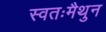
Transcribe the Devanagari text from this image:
स्वतःमैथुन